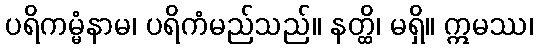
ပရိကမ္မံနာမ၊ ပရိကံမည်သည်။ နတ္ထိ၊ မရှိ။ ဣမဿ၊